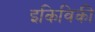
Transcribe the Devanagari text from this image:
इकिविकी